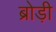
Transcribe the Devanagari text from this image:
ब्रोड़ी